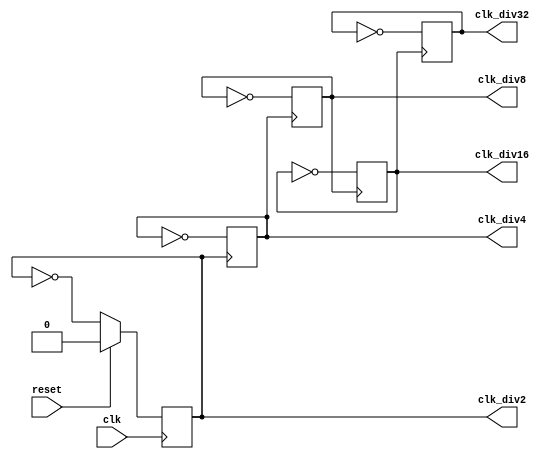

/*
A clock divider in Verilog, using the cascading
flip-flop method.
*/

module clock_divider(
  input clk,
  input reset,
  output reg clk_div2,
  output reg clk_div4,
  output reg clk_div8,
  output reg clk_div16,
  output reg clk_div32
);

  // simple ripple clock divider
  
  always @(posedge clk)
    clk_div2 <= reset ? 0 : ~clk_div2;

  always @(posedge clk_div2)
    clk_div4 <= ~clk_div4;

  always @(posedge clk_div4)
    clk_div8 <= ~clk_div8;

  always @(posedge clk_div8)
    clk_div16 <= ~clk_div16;
  
  always @(posedge clk_div16)
    clk_div32 <= ~clk_div32;

endmodule